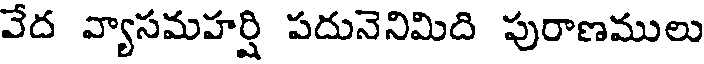
వేద వ్యాసమహర్షి పదునెనిమిది పురాణములు